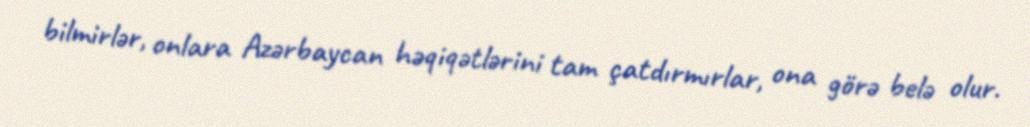
bilmirlər, onlara Azərbaycan həqiqətlərini tam çatdırmırlar, ona görə belə olur.